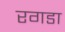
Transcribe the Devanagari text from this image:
रगडा